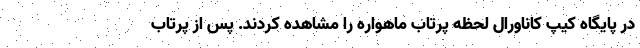
در پایگاه کیپ کاناورال لحظه پرتاب ماهواره را مشاهده کردند. پس از پرتاب